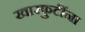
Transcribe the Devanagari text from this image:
खारफुटींना